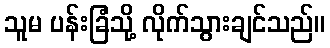
သူမ ပန်းခြံသို့ လိုက်သွားချင်သည်။